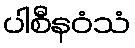
ပါစီနဝံသံ